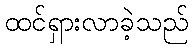
ထင်ရှားလာခဲ့သည်